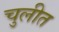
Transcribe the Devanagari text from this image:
चुलीत